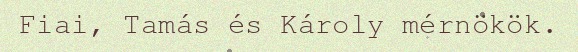
Fiai, Tamás és Károly mérnökök.